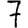
Digit: 7